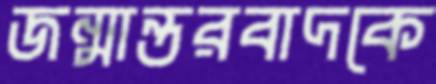
জন্মান্তরবাদকে